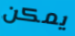
يمكن